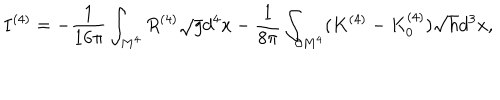
LaTeX: I ^ { ( 4 ) } = - { \frac { 1 } { 1 6 \pi } } \int _ { M ^ { 4 } } ^ { } R ^ { ( 4 ) } \sqrt { g } d ^ { 4 } x - { \frac { 1 } { 8 \pi } } \int _ { \partial M ^ { 4 } } ^ { } ( K ^ { ( 4 ) } - K _ { 0 } ^ { ( 4 ) } ) \sqrt { h } d ^ { 3 } x ,